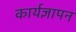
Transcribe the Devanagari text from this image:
कार्यज्ञापन